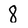
Character: 8